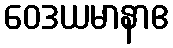
ဝေဒယမာနာဧ